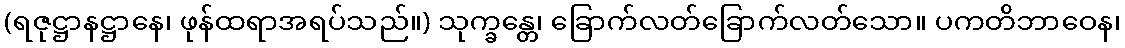
(ရဇုဋ္ဌာနဋ္ဌာနေ၊ ဖုန်ထရာအရပ်သည်။) သုက္ခန္တေ၊ ခြောက်လတ်ခြောက်လတ်သော။ ပကတိဘာဝေန၊